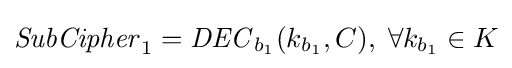
{\mathit {SubCipher}}_{1}={\mathit {DEC}}_{b_{1}}(k_{b_{1}},C),\;\forall k_{b_{1}}\in K